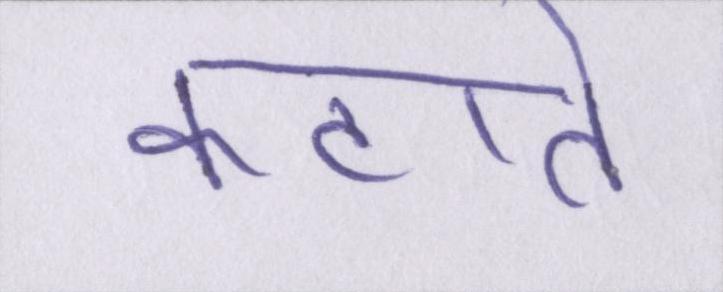
कटाते